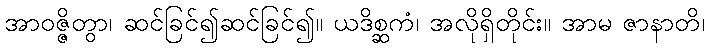
အာဝဇ္ဇိတွာ၊ ဆင်ခြင်၍ဆင်ခြင်၍။ ယဒိစ္ဆကံ၊ အလိုရှိတိုင်း။ အာမ ဇာနာတိ၊